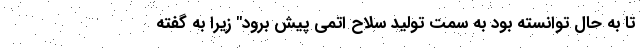
تا به حال توانسته بود به سمت تولید سلاح اتمی پیش برود" زیرا به گفته